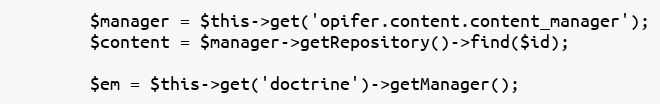
Language: PHP
        $manager = $this->get('opifer.content.content_manager');
        $content = $manager->getRepository()->find($id);

        $em = $this->get('doctrine')->getManager();